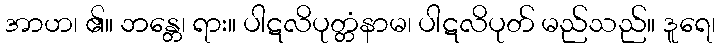
အာဟ၊ ၏။ ဘန္တေ၊ ရား။ ပါဋလိပုတ္တံနာမ၊ ပါဋလိပုတ် မည်သည်။ ဒူရေ၊